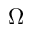
\Omega